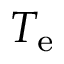
T _ { \mathrm { e } }